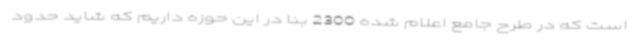
است که در طرح جامع اعلام شده 2300 بنا در این حوزه داریم که شاید حدود